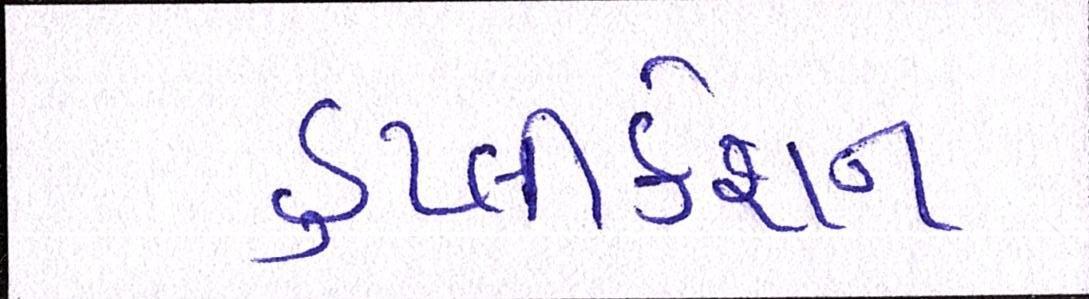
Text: ડુપ્લીકેશન